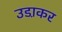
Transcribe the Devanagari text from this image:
उडा़कर